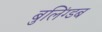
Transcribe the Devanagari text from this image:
बुलिंग्डब